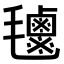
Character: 𣰹